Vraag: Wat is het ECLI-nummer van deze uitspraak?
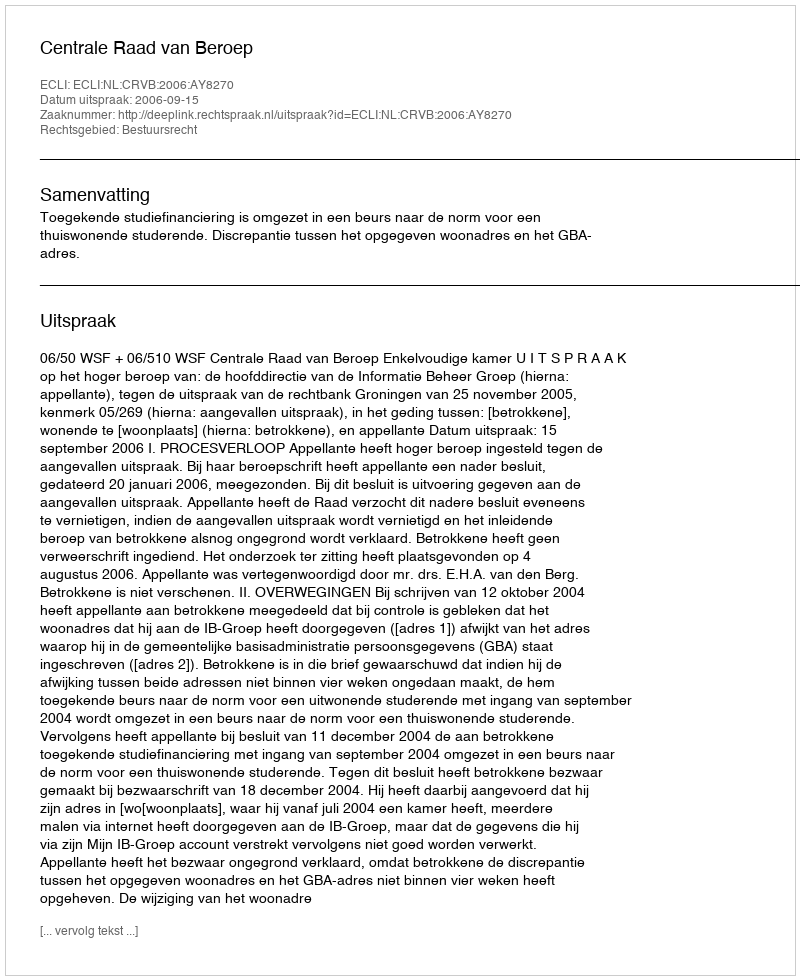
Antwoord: ECLI:NL:CRVB:2006:AY8270